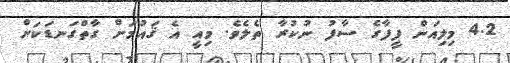
4.2 މިލިއަން ފީފާގެ ސާފު ނުކުރާ ތެލެވެ. މިއީ އެ ޤައުމަށް ގާތްގަނޑަކަށް